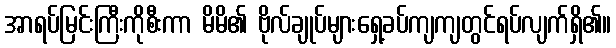
အာရပ်မြင်းကြီးကိုစီးကာ မိမိ၏ ဗိုလ်ချုပ်များရှေ့ခပ်ကျကျတွင်ရပ်လျက်ရှိ၏။